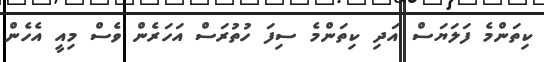
ކިތަންމެ ފަލަޔަސް އަދި ކިތަންމެ ސިފަ ހުތުރަސް އަހަރެން ވެސް މިއީ އެހެން